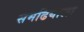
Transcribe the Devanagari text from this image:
समढियाला